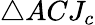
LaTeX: \triangle ACJ_{c}